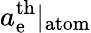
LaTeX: a_{\mathrm{e}}^{\mathrm{{th}}}|_{\mathrm{{atom}}}